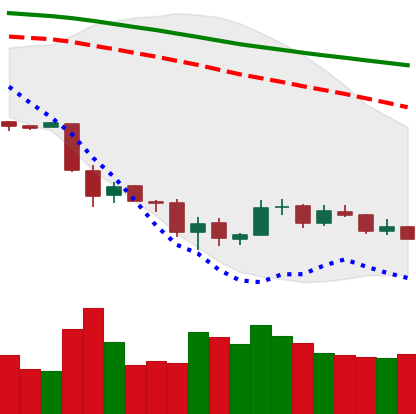
Ticker: BTC-USD
Chart end date: 2018-12-05
Forward return: -6.695%
Label: down_5_7